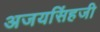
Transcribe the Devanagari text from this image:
अजयसिंहजी